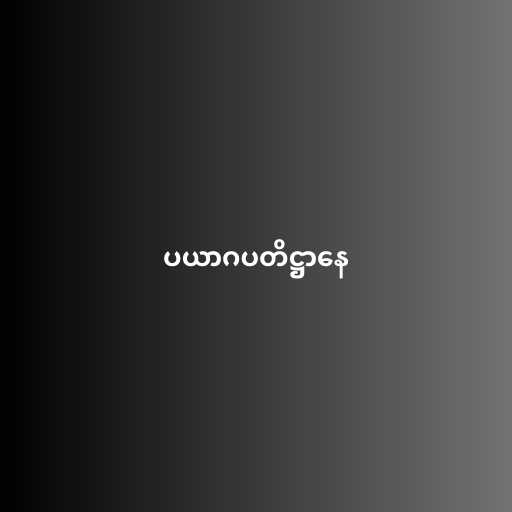
ပယာဂပတိဋ္ဌာနေ